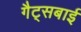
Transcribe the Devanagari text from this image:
गैट्सबाई